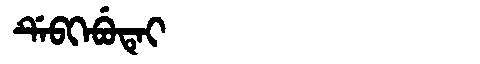
Manchu: ᡩᡝᠪᡴᡝᠪᡠᡨᡝᡳ
Romanization: DEBKEBUTEI